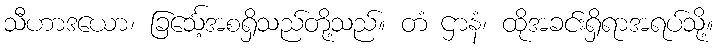
သီဟာဒယော၊ ခြင်္သေ့အစရှိသည်တို့သည်။ တံ ဌာနံ၊ ထိုအခင်းရှိရာအရပ်သို့။